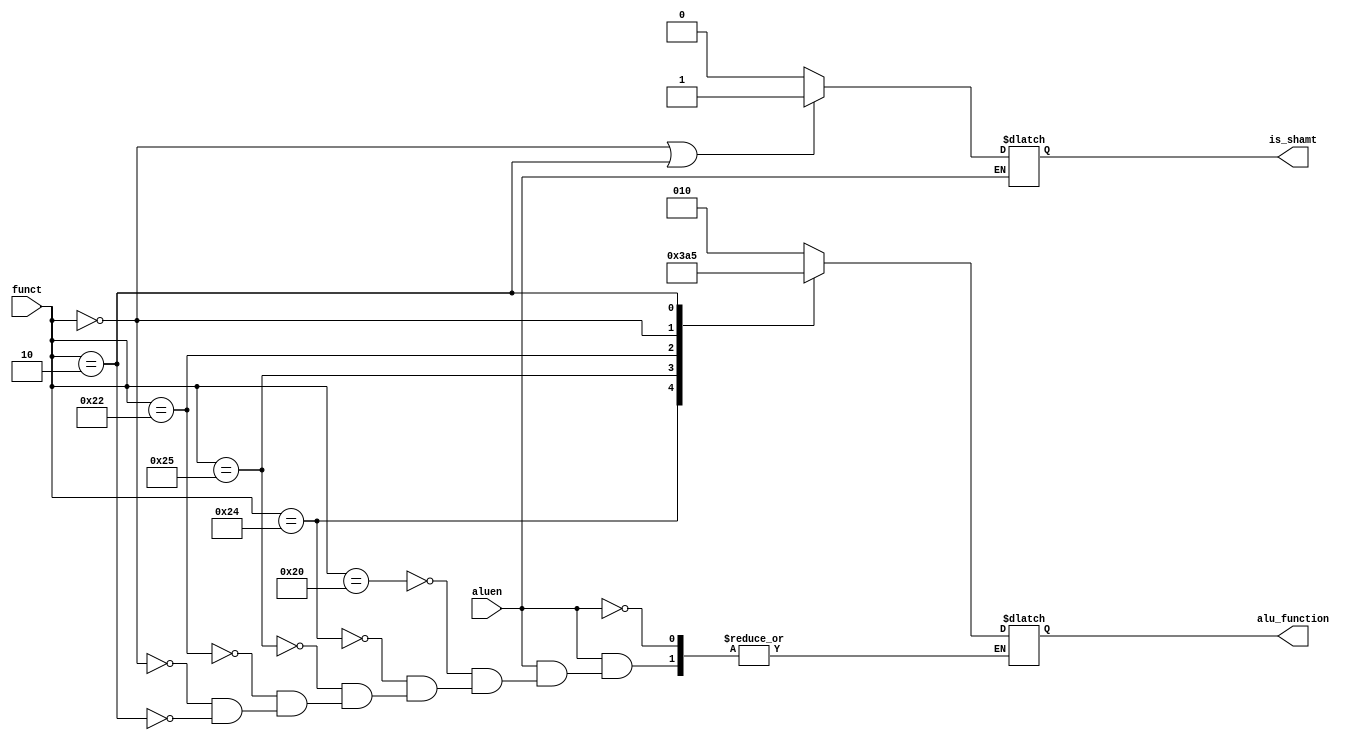
`timescale 1ns / 1ps
//////////////////////////////////////////////////////////////////////////////////
// Company: 
// Engineer: 
// 
// Design Name: 
// Module Name: alu_controller
// Project Name: 
// Target Devices: 
// Tool Versions: 
// Description: 
// 
// Dependencies: 
// 
// Revision:
// Revision 0.01 - File Created
// Additional Comments:
// 
//////////////////////////////////////////////////////////////////////////////////


module alu_controller(aluen, funct, alu_function, is_shamt);
input aluen;
input [5:0] funct;
output reg [2:0] alu_function;
output reg is_shamt;
parameter ADD = 6'h20, AND = 6'h24, OR = 6'h25, SUB = 6'h22, LEFT_SHIFT = 6'h00, RIGHT_SHIFT = 6'h02;

always @(*)
begin
    if(aluen)
    begin
        case (funct)
            ADD: alu_function = 3'b010;
            AND: alu_function = 3'b000;
            OR: alu_function = 3'b001;
            SUB: alu_function = 3'b110;
            LEFT_SHIFT: alu_function = 3'b100; 
            RIGHT_SHIFT: alu_function = 3'b101;
        endcase
    end
end

always @(*)
begin
if(aluen)
begin
    if((funct == LEFT_SHIFT) ||  (funct == RIGHT_SHIFT))
        is_shamt = 1;
    else
        is_shamt = 0;
end
end
endmodule